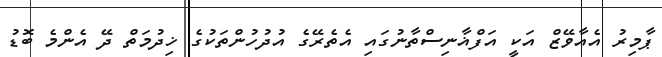
ޕާމިރު އެއާވޭޒް އަކީ އަފްޣާނިސްތާނުގައި އެތެރޭގެ އުދުހުންތަކުގެ ޚިދުމަތް ދޭ އެންމެ ބޮޑު